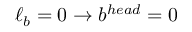
\ell _ { b } = 0 \to b ^ { h e a d } = 0